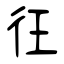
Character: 彺